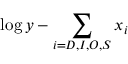
\log y - \sum _ { i = D , I , O , S } x _ { i }